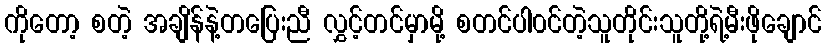
ကိုတော့ စတဲ့ အချိန်နဲ့တပြေးညီ လွှင့်တင်မှာမို့ စတင်ပါ၀င်တဲ့သူတိုင်းသူတို့ရဲ့မီးဖိုချောင်